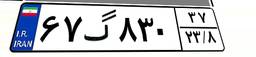
۶۷گ۸۳۰۳۷